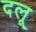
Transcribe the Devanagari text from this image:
दलू